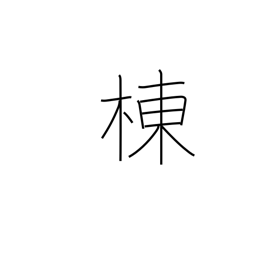
Meaning: ridge